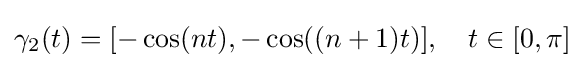
\gamma _{2}(t)=[-\cos(nt),-\cos((n+1)t)],\quad t\in [0,\pi ]